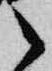
御